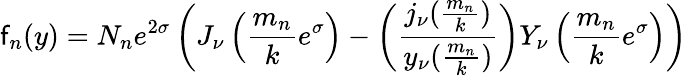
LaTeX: \mathsf{f}_{n}(y)=N_{n}e^{2\sigma}\left(J_{\nu}\left({\frac{{m_{n}}}{{k}}}e^{\sigma}\right)-\left({\frac{{j_{\nu}({\frac{{m_{n}}}{{k}}})}}{{y_{\nu}({\frac{{m_{n}}}{{k}}})}}}\right)Y_{\nu}\left({\frac{{m_{n}}}{{k}}}e^{\sigma}\right)\right)